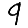
Digit: 9